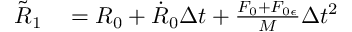
\begin{array} { r l } { \tilde { R } _ { 1 } } & { { } = R _ { 0 } + \dot { R } _ { 0 } \Delta t + \frac { F _ { 0 } + F _ { 0 \epsilon } } { M } \Delta t ^ { 2 } } \end{array}